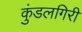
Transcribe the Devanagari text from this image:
कुंडलगिरी